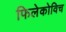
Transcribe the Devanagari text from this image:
फिलेकोविच